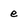
Character: e